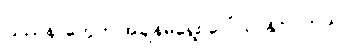
ပြဿနာတွေက အချိန်မရွေး ပေါ်လာနိုင်ပါတယ်။